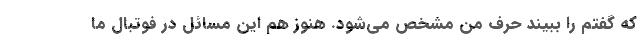
که گفتم را ببیند حرف من مشخص می‌شود. هنوز هم این مسائل در فوتبال ما